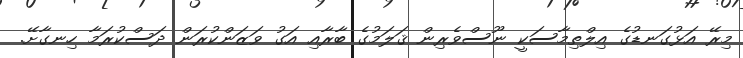
މިރޭ އަޅުގަނޑުގެ އިލްތިމާސަކީ ނޫސްވެރިން ޤަލަމުގެ ބާރާއި އަގު ވަޒަންކުރަން ދަސްކުރަމާ ހިނގާށޭ.